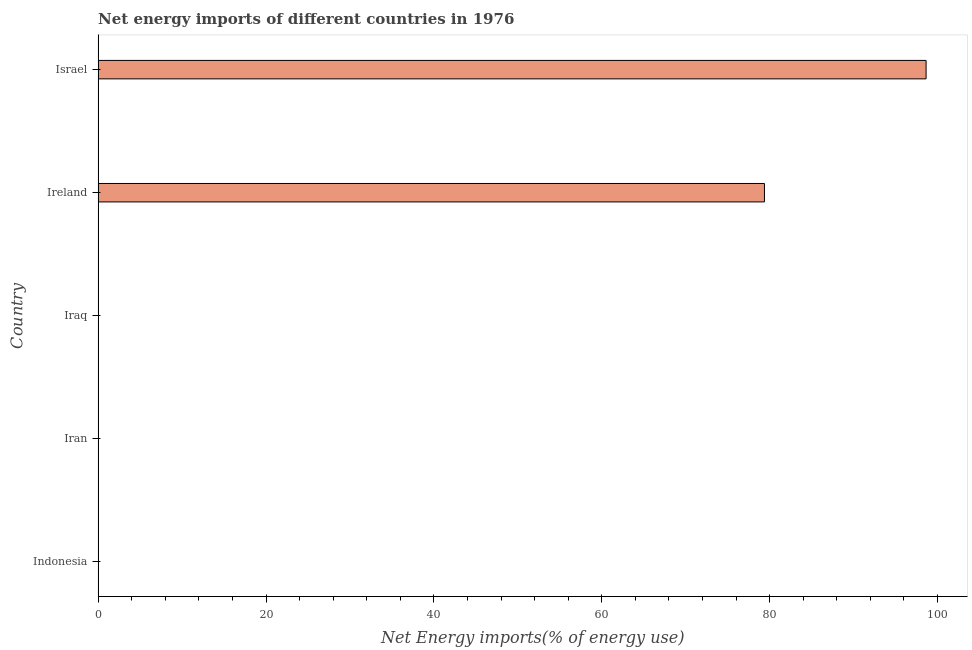
| Country | Energy imports |
 | --- | --- |
 | Indonesia | -146 |
 | Iran | -934 |
 | Iraq | -1.54e+03 |
 | Ireland | 79.4 |
 | Israel | 98.6 |